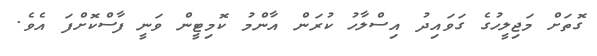
ގޮތަށް މަޖިލީހުގެ ގަވައިދު އިސްލާހު ކުރަން އާންމު ކޮމިޓީން ވަނީ ފާސްކޮށްފަ އެވެ.